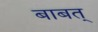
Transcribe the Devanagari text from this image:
बाबत्